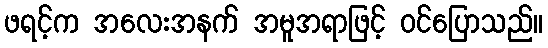
ဖရင့်က အလေးအနက် အမူအရာဖြင့် ဝင်ပြောသည်။